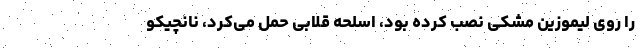
را روی لیموزین مشکی نصب کرده بود، اسلحه قلابی حمل می‌کرد، نانچیکو